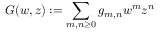
G ( w , z ) : = \sum _ { m , n \geq 0 } g _ { m , n } w ^ { m } z ^ { n }